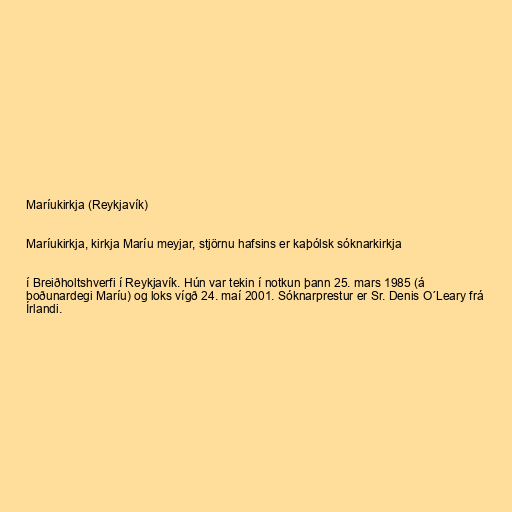
Maríukirkja (Reykjavík)

Maríukirkja, kirkja Maríu meyjar, stjörnu hafsins er kaþólsk sóknarkirkja

í Breiðholtshverfi í Reykjavík. Hún var tekin í notkun þann 25. mars 1985 (á
boðunardegi Maríu) og loks vígð 24. maí 2001. Sóknarprestur er Sr. Denis O´Leary frá
Írlandi.